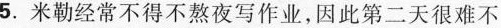
5.米勒经常不得不熬夜写作业，因此第二天很难不